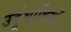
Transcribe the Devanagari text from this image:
उर्दूभाषियों